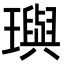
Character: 璵